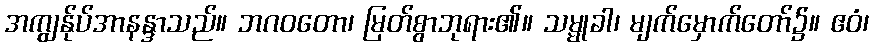
အကျွန်ုပ်အာနန္ဒာသည်။ ဘဂဝတော၊ မြတ်စွာဘုရား၏။ သမ္မုခါ၊ မျက်မှောက်တော်၌။ ဧဝံ၊